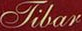
Tibar